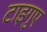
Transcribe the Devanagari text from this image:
टाइगुए